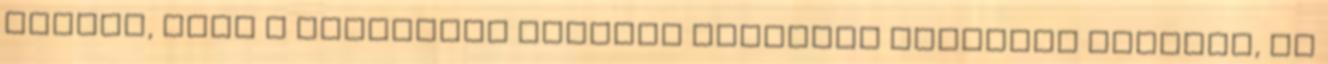
üzenet, hogy a politikai osztály hajlandó spórolni önmagán, de